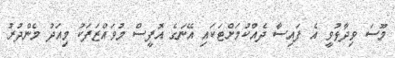
މޫސަ ވިދާޅުވީ އެ ފައިސާ ދެއްކުމަށްޓަކައި އޭނަގެ އޮފީސް މުވައްޒަފަކު މިއަދު މެންދުރު